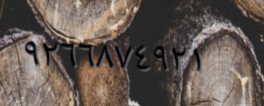
٩٢٦٦٨٧٤٩٢١